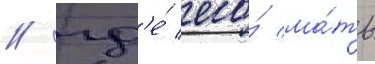
/ гд'е́ его́ ма́ть